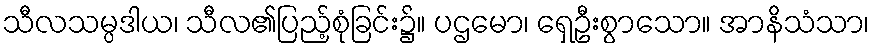
သီလသမ္ပဒါယ၊ သီလ၏ပြည့်စုံခြင်း၌။ ပဌမော၊ ရှေဦးစွာသော။ အာနိသံသာ၊